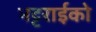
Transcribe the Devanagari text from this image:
भट्टराईको